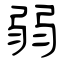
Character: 弱